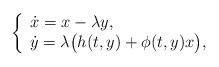
LaTeX: \begin{align*} \left\{ \begin{array}{l} \dot x = x - \lambda y,\\ \dot y = \lambda \big(h(t,y)+\phi (t, y)x\big), \end{array}\right.\end{align*}